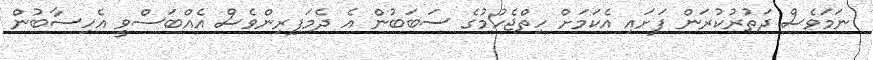
ނަމަވެސް ދަތުރުކުރަން ފަށައި އެކަމަށް ހިތްޖެހުމުގެ ސަބަބުން އެ ދެމަފިރިންވެސް އެއްބަސްވީ އެހިސާބުން